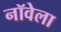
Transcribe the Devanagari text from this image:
नॉवेला